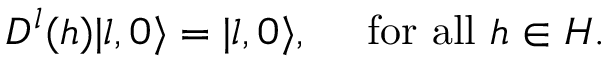
D ^ { l } ( h ) | l , 0 \rangle = | l , 0 \rangle , ~ ~ ~ ~ \mathrm { f o r ~ a l l } ~ h \in H .